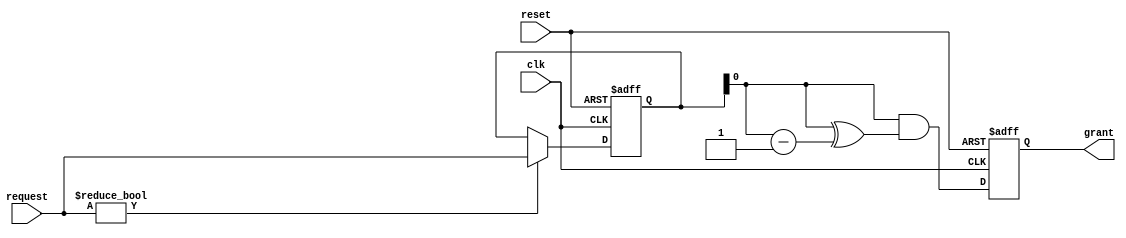
module parallel_arbiter (
    input wire clk,
    input wire reset,
    input wire [7:0] request,
    output reg grant
);

reg [7:0] priority;

always @(posedge clk or posedge reset) begin
    if (reset) begin
        grant <= 0;
        priority <= 0;
    end else begin
        if (request != 8'b0) begin
            priority <= request;
        end
        grant <= priority & (priority ^ (priority - 1));
    end
end

endmodule